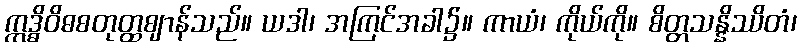
ဣဒ္ဓိဝိဓစတုတ္ထဈာန်သည်။ ယဒါ၊ အကြင်အခါ၌။ ကာယံ၊ ကိုယ်ကို။ စိတ္တသန္နိဿိတံ၊